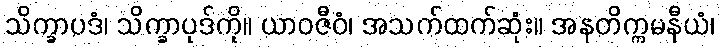
သိက္ခာပဒံ၊ သိက္ခာပုဒ်ကို။ ယာဝဇီဝံ၊ အသက်ထက်ဆုံး။ အနတိက္ကမနီယံ၊